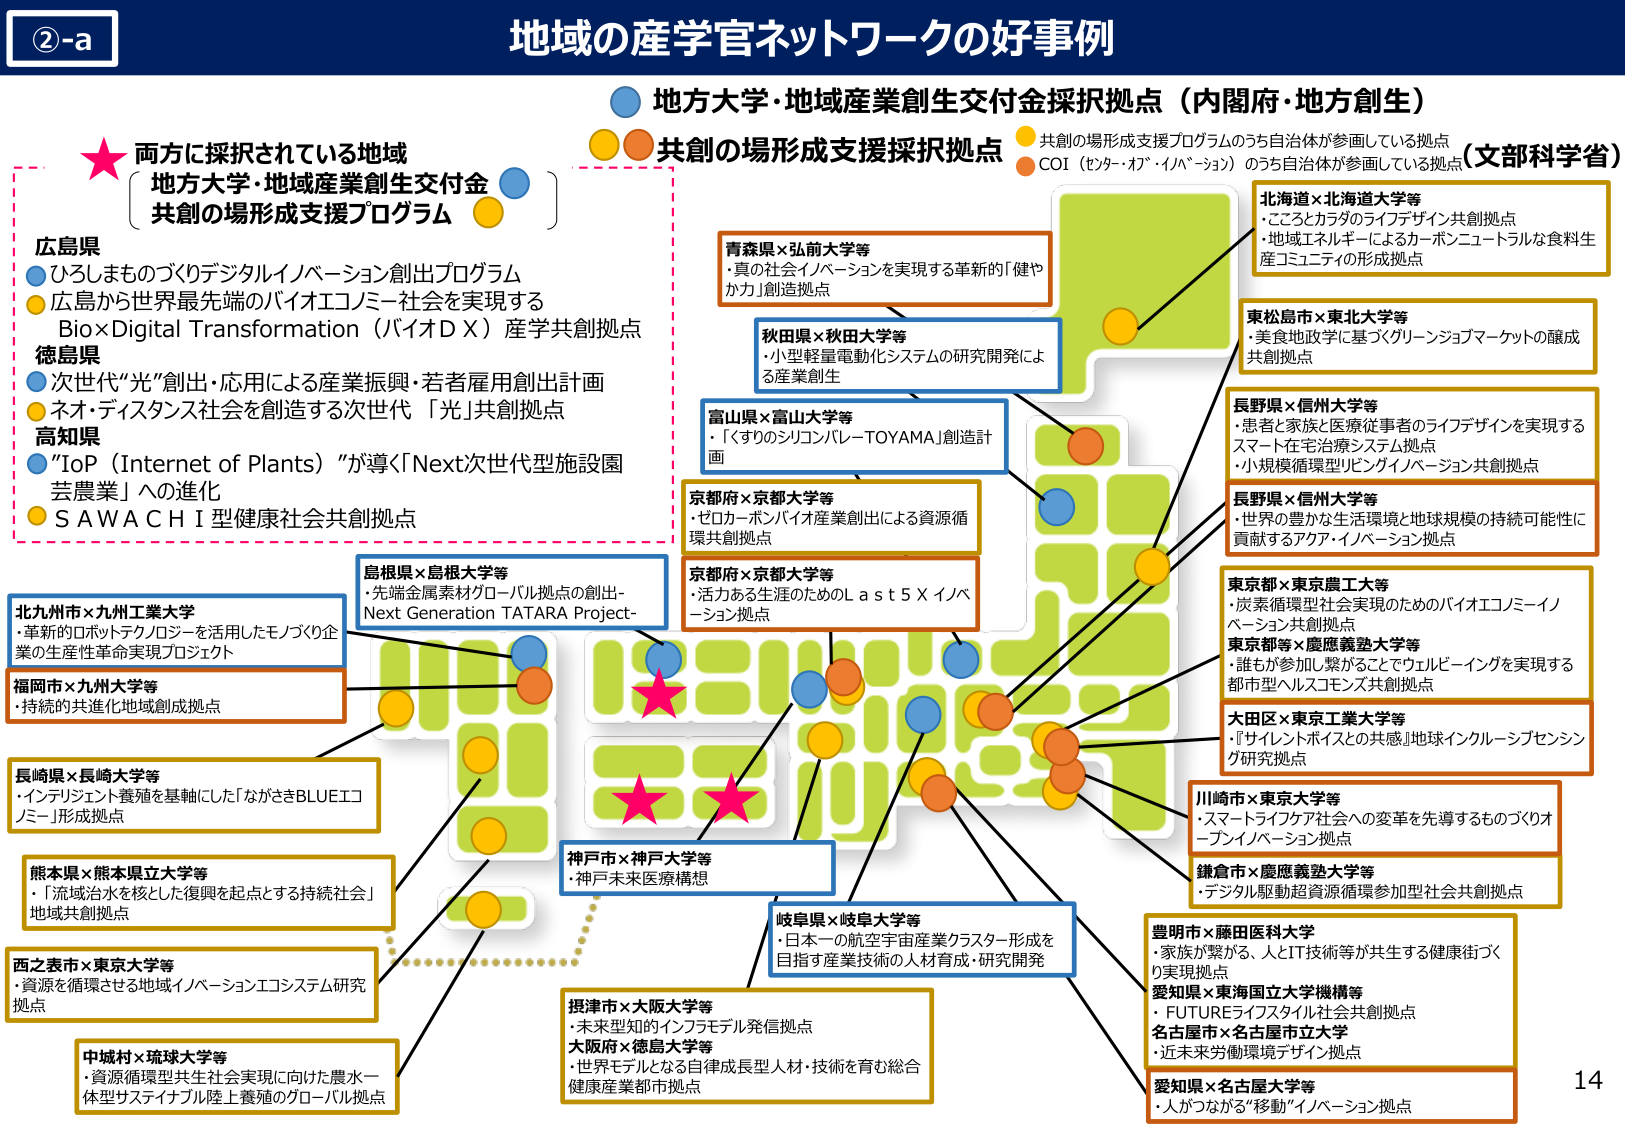
②-a
地域の産学官ネットワークの好事例

地方大学・地域産業創生交付金採択拠点（内閣府・地方創生）
共創の場形成支援採択拠点
共創の場形成支援プログラムのうち自治体が参画している拠点
COI（センター・オブ・イノベーション）のうち自治体が参画している拠点（文部科学省）

両方に採択されている地域
地方大学・地域産業創生交付金
共創の場形成支援プログラム

広島県
・ひろしまものづくりデジタルイノベーション創出プログラム
・広島から世界最先端のバイオエコノミー社会を実現する
Bio×Digital Transformation（バイオＤＸ）産学共創拠点

徳島県
・次世代“光”創出・応用による産業振興・若者雇用創出計画
・ネオ・ディスタンス社会を創造する次世代「光」共創拠点

高知県
・”IoP（Internet of Plants）”が導く「Next次世代型施設園芸農業」への進化
・ＳＡＷＡＣＨＩ型健康社会共創拠点

北海道×北海道大学等
・こころとカラダのライフデザイン共創拠点
・地域エネルギーによるカーボンニュートラルな食料生産コミュニティの形成拠点

東松島市×東北大学等
・美食地政学に基づくグリーンジョブマーケットの醸成共創拠点

長野県×信州大学等
・患者と家族と医療従事者のライフデザインを実現する
・スマート在宅治療システム拠点
・小規模循環型リビングイノベーション共創拠点

長野県×信州大学等
・世界の豊かな生活環境と地球規模の持続可能性に貢献するアクア・イノベーション拠点

東京都×東京農工大等
・炭素循環型社会実現のためのバイオエコノミーイノベーション共創拠点

東京都×慶應義塾大学等
・誰もが参加し繋がることでウェルビーイングを実現する都市型ヘルスコモンズ共創拠点

大田区×東京工業大学等
・『サイレントボイスとの共感』地球インクルーシブセンシング研究拠点

川崎市×東京大学等
・スマートライフケア社会への変革を先導するものづくりオープンイノベーション拠点

鎌倉市×慶應義塾大学等
・デジタル駆動超資源循環参加型社会共創拠点

豊明市×藤田医科大学
・家族が繋がる、人とIT技術等が共生する健康街づくり実現拠点

愛知県×東海国立大学機構等
・FUTUREライフスタイル社会共創拠点

名古屋市×名古屋市立大学
・近未来労働環境デザイン拠点

愛知県×名古屋大学等
・人がつながる“移動”イノベーション拠点

青森県×弘前大学等
・真の社会イノベーションを実現する革新的「健やか力」創造拠点

秋田県×秋田大学等
・小型軽量電動化システムの研究開発による産業創生

富山県×富山大学等
・「くすりのシリコンバレーTOYAMA」創造計画

京都府×京都大学等
・ゼロカーボンバイオ産業創出による資源循環共創拠点

京都府×京都大学等
・活力ある生涯のためのＬａｓｔ５Ｘイノベーション拠点

島根県×島根大学等
・先端金属素材グローバル拠点の創出-Next Generation TATARA Project-

北九州市×九州工業大学
・革新的ロボットテクノロジーを活用したモノづくり企業の生産性革命実現プロジェクト

福岡市×九州大学等
・持続的共進化地域創成拠点

長崎県×長崎大学等
・インテリジェント養殖を基軸にした「ながさきBLUEエコノミー」形成拠点

熊本県×熊本県立大学等
・「流域治水を核とした復興を起点とする持続社会」地域共創拠点

西之表市×東京大学等
・資源を循環させる地域イノベーションエコシステム研究拠点

中城村×琉球大学等
・資源循環型共生社会実現に向けた農水一体型サステイナブル陸上養殖のグローバル拠点

神戸市×神戸大学等
・神戸未来医療構想

岐阜県×岐阜大学等
・日本一の航空宇宙産業クラスター形成を目指す産業技術の人材育成・研究開発

摂津市×大阪大学等
・未来型知的インフラモデル発信拠点

大阪府×徳島大学等
・世界モデルとなる自律成長型人材・技術を育む総合健康産業都市拠点

14